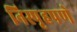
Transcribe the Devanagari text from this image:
निस्पृहपणे